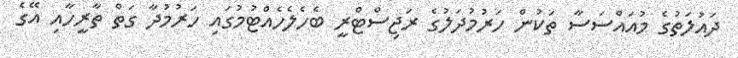
ދައުލަތުގެ މުއައްސަސާ ތަކުން ހަރުމުދަލުގެ ރަޖިސްޓްރީ ބެހެލެހެއްޓުމުގައި ހަރުމުދާ ގަތް ތާރީހާއި އޭގެ